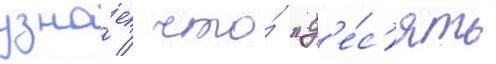
узна́ет / что́ "д'е́с'ять